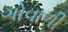
ગોવાળી